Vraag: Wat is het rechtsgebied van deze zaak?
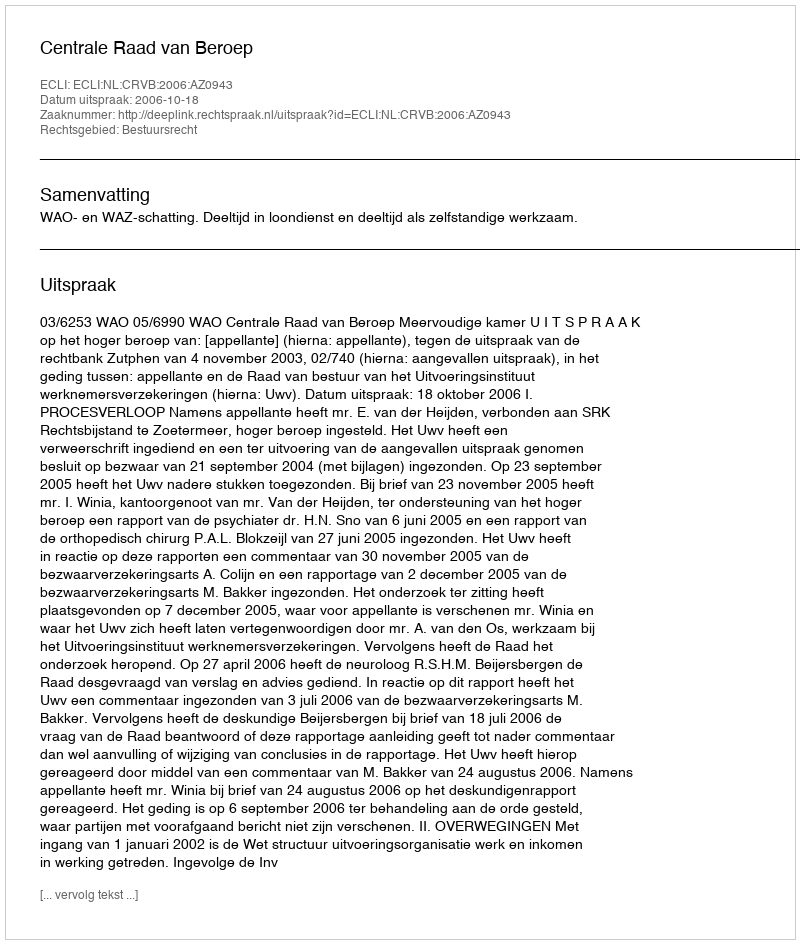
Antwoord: Bestuursrecht